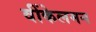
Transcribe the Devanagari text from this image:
वींकेलमन